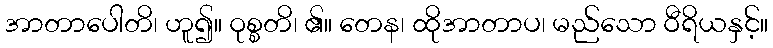
အာတာပေါတိ၊ ဟူ၍။ ဝုစ္စတိ၊ ၏။ တေန၊ ထိုအာတာပ၊ မည်သော ဝီရိယနှင့်။